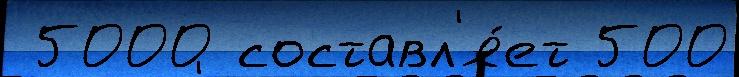
 5000 составл'я́ет 500